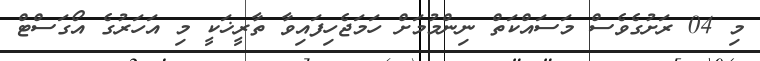
މި 04 ރަށުގެވެސް މަސައްކަތް ނިންމުމަށް ހަމަޖެހިފައިވާ ތާރީޚަކީ މި އަހަރުގެ އޯގަސްޓް